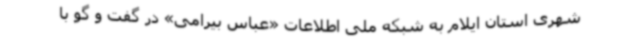
شهری استان ایلام به شبکه ملی اطلاعات «عباس بیرامی» در گفت و گو با